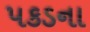
પકડના